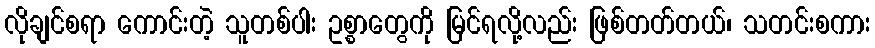
လိုချင်စရာ ကောင်းတဲ့ သူတစ်ပါး ဥစ္စာတွေကို မြင်ရလို့လည်း ဖြစ်တတ်တယ်၊ သတင်းစကား